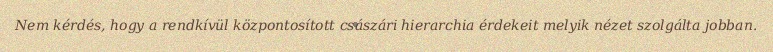
Nem kérdés, hogy a rendkívül központosított császári hierarchia érdekeit melyik nézet szolgálta jobban.